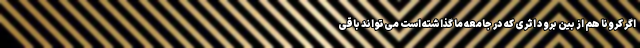
اگر کرونا هم از بین برود اثری که در جامعه ما گذاشته است می‌تواند باقی